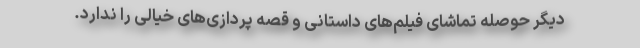
دیگر حوصله تماشای فیلم‌های داستانی و قصه پردازی‌های خیالی را ندارد.